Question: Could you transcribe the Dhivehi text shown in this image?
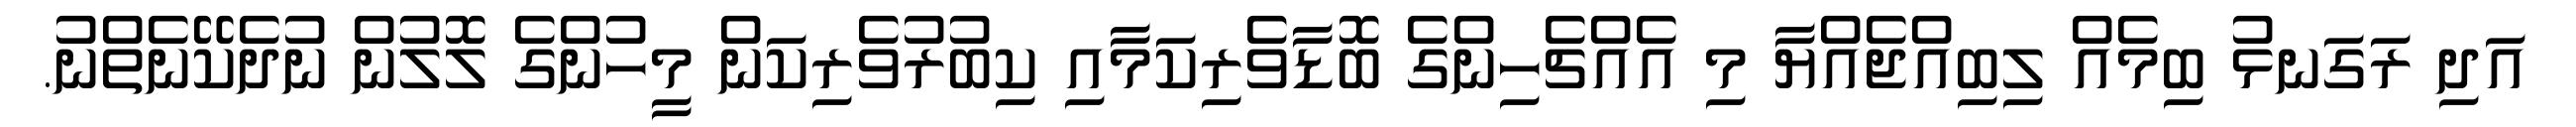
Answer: އަދި ރަގަނޅު ބިމެއް ލިބިއްޖެއްޔާ މި އެއްޗެހިންގެ ބޮޑާވެރިކަމާއި ކިބުރުވެރިކަން މީހުންގެ ލޮލުން ނުދެކޭނެތްނު.